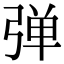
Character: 弹